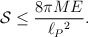
\begin{align*}{\cal S}\leq {8\pi ME\over \ell_P{}^2}.\end{align*}